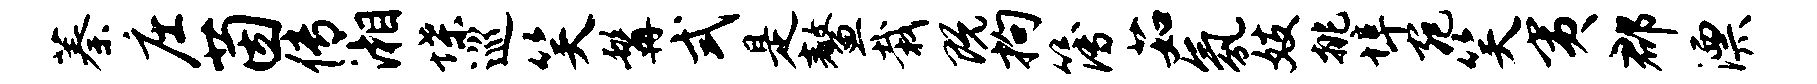
蓁庄茵传湘堞巡笑髯式是鳌栽既拘簿茹氛妓挑埠宛笑夷郡漂